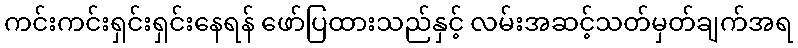
ကင်းကင်းရှင်းရှင်းနေရန် ဖော်ပြထားသည်နှင့် လမ်းအဆင့်သတ်မှတ်ချက်အရ